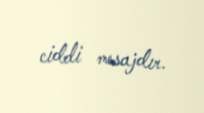
ciddi mesajdır.